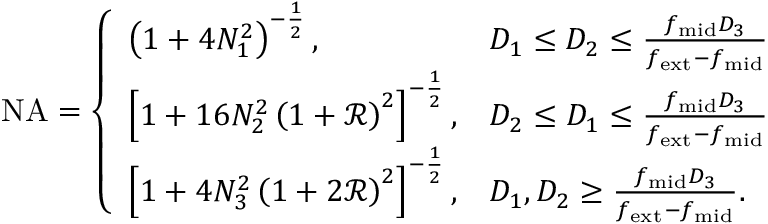
\begin{array} { r } { \mathrm { N A } = \left\{ \begin{array} { l l } { \left( 1 + 4 N _ { 1 } ^ { 2 } \right) ^ { - \frac { 1 } { 2 } } , } & { D _ { 1 } \leq D _ { 2 } \leq \frac { f _ { \mathrm { m i d } } D _ { 3 } } { f _ { \mathrm { e x t } } - f _ { \mathrm { m i d } } } } \\ { \left[ 1 + 1 6 N _ { 2 } ^ { 2 } \left( 1 + \mathcal { R } \right) ^ { 2 } \right] ^ { - \frac { 1 } { 2 } } , } & { D _ { 2 } \leq D _ { 1 } \leq \frac { f _ { \mathrm { m i d } } D _ { 3 } } { f _ { \mathrm { e x t } } - f _ { \mathrm { m i d } } } } \\ { \left[ 1 + 4 N _ { 3 } ^ { 2 } \left( 1 + 2 \mathcal { R } \right) ^ { 2 } \right] ^ { - \frac { 1 } { 2 } } , } & { D _ { 1 } , D _ { 2 } \geq \frac { f _ { \mathrm { m i d } } D _ { 3 } } { f _ { \mathrm { e x t } } - f _ { \mathrm { m i d } } } . } \end{array} \right. } \end{array}